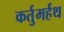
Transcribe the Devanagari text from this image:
कर्तुमर्हथ